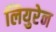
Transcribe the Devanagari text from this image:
लियुरेन